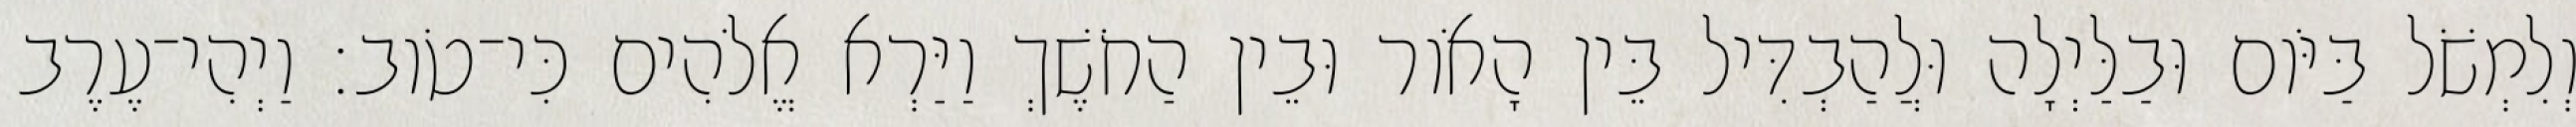
וְלִמְשֹׁל בַּיֹּום וּבַלַּיְלָה וּלֲהַבְדִּיל בֵּין הָאֹור וּבֵין הַחֹשֶׁךְ וַיַּרְא אֱלֹהִים כִּי־טֹוב׃ וַיְהִי־עֶרֶב